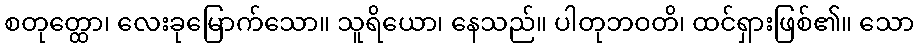
စတုတ္ထော၊ လေးခုမြောက်သော။ သူရိယော၊ နေသည်။ ပါတုဘဝတိ၊ ထင်ရှားဖြစ်၏။ သော